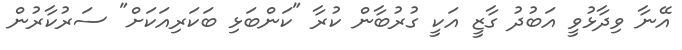
އޭނާ ވިދާޅުވީ އަބުދު ގާޒީ އަކީ ގުރުބާން ކުރާ "ކަންބަޅި ބަކަރިއަކަށް" ސަރުކާރުން